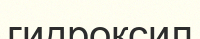
гидроксил